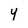
Character: Y